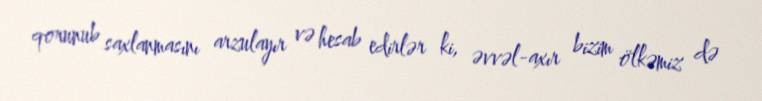
qorunub saxlanmasını arzulayır və hesab edirlər ki, əvvəl-axır bizim ölkəmiz də